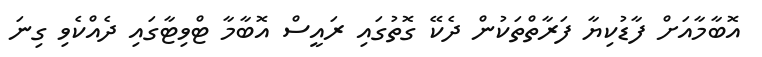
އޮބާމާއަށް ފާޑުކިޔާ ފަރާތްތަކުން ދެކޭ ގޮތުގައި ރައީސް އޮބާމާ ޓްވިޓާގައި ދެއްކެވި ގިނަ